Problem: 9 × 5 = ?
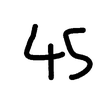
Handwritten answer: 45